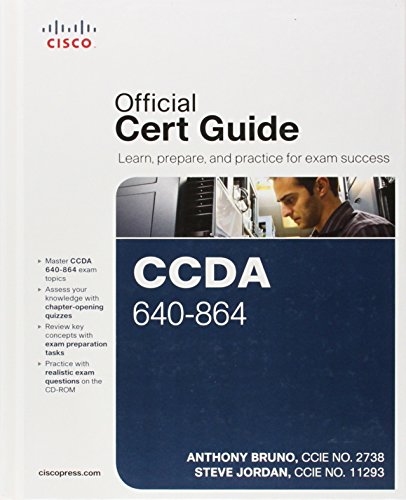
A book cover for CCDA 640-864 Official Cert Guide (4th Edition); Anthony Bruno; Computers & Technology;